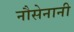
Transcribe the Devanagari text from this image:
नौसेनानी